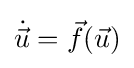
{\dot {\vec {u}}}={\vec {f}}({\vec {u}})